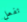
تفعل